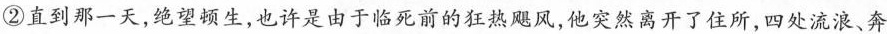
②直到那一天，绝望顿生，也许是由于临死前的狂热飓风，他突然离开了住所，四处流浪、奔